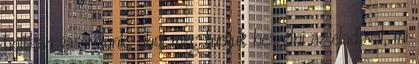
boltban vásárolunk, ahol meg tudjuk beszélni az eladóval, mi